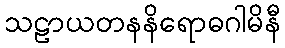
သဠာယတနနိရောဓဂါမိနီ